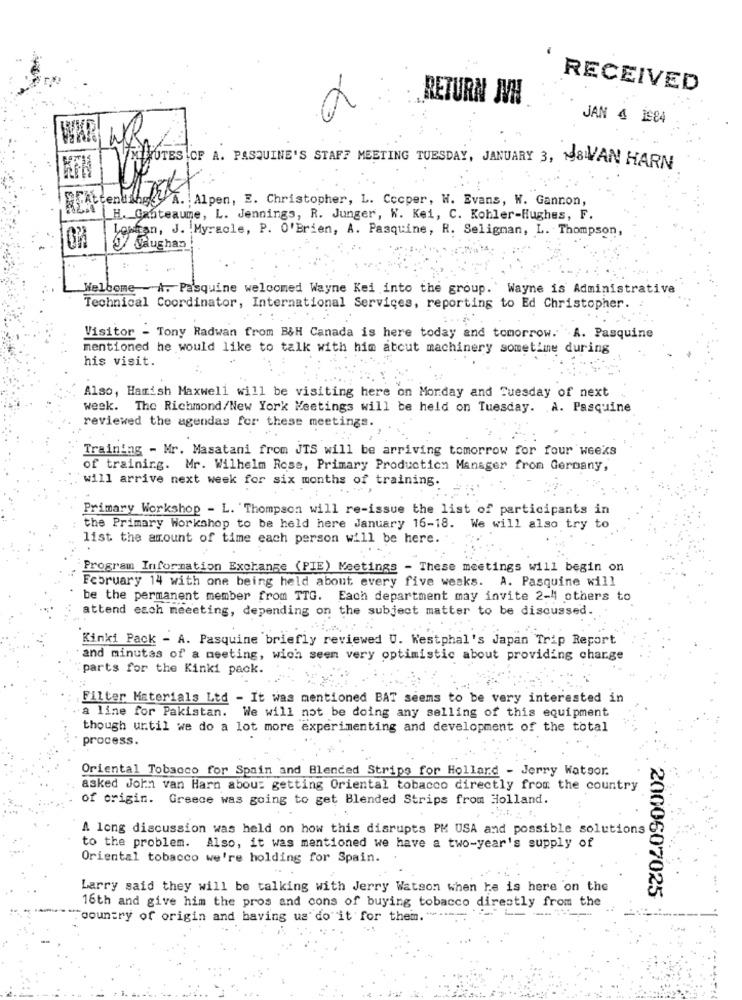
RECEIVED
RETURN JVW
€
JAN 4 1984
MINUTES OF A. PASQUINE'S STAFF MEETING TUESDAY, JANUARY 3, 198WAN HARN
KFH
Attendings . A. Alpen, E. Christopher, L. Cccper, W. Evans, W. Gannon,
H. Ganteaume, L. Jennings, R. Junger, W. Kei, C. Kohler-Hughes, F.
Lowhan, J. Myracle, P. O'Brien, A. Pasquine, R. Seligman, L. Thompson,
Vaughan !
Welcome - A. Pa'squine welcomed Wayne Kei into the group. ' Wayne is Administrative
Technical Coordinator, International Services, reporting to Ed Christopher.
Visitor - Tony Radwan from B&H Canada is here today and tomorrow. A. Pasquine
mentioned he would like to talk with him atcut machinery sometime during
his visit.
Also, Hamish Maxwell will be visiting here on Monday and Tuesday of next
week. The Richmond/New York Meetings will be held on Tuesday. A. Pasquine
reviewed the agendas for these meetings.
Training - Mr. Masatani from JTS will be arriving tomorrow for four weeks
of training. Mr. Wilhelm Rose, Primary Production Manager from Germany,
will arrive next week for six months of training.
Primary Workshop - L. Thompson will re-issue the list of participants in
: the Primary Workshop to be held here January 16-18. We will also try to
list the amount of time each person will be here.
Program Information Exchange (PIE) Meetings - These meetings will begin on
February 14 with one being held about every five weeks. A. Pasquine will
be the permanent member from TTG. Each department may invite 2-4 others to
attend each meeeting, depending on the subject matter to be discussed.
Kinki Pack - A. Pasquine briefly reviewed U. Westphal's Japan Trip Report
and minutes of a meeting, wich seen very optimistic about providing charge
parts for the Kinki pack.
Filter Materials Ltd - It was mentioned BAT seems to be very interested in
a line for Pakistan. We will not be doing any selling of this equipment
though until we do a lot more experimenting and development of the total
process.
Oriental Tobacco for Spain and Blended Strips for Hollard - Jerry Watsor.
asked John van Harn about getting Oriental tobacco directly from the country
of origin. Greece was going to get Blended Strips from Holland.
A long discussion was held on how this disrupts PM USA and possible solutions
to the problem. Also, it was mentioned we have a two-year's supply of
Oriental tobacco we're holding for Spain.
Larry said they will be talking with Jerry Watson when he is here on the
2000607025
16th and give him the pros and cons of buying tobacco directly from the
"country of origin and having us do it for them. " ......